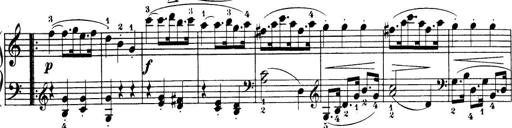
Title: 32 Sonatinas and Rondos for the Piano
Composer: Richard Kleinmichel